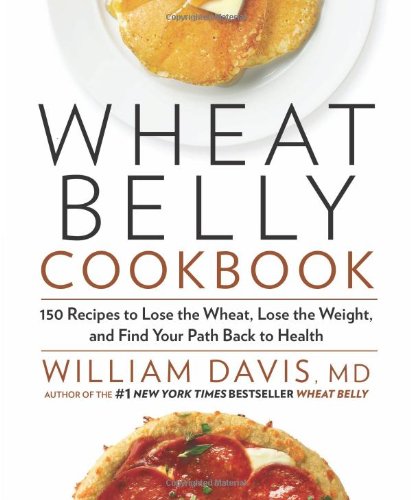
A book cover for Wheat Belly Cookbook: 150 Recipes to Help You Lose the Wheat, Lose the Weight, and Find Your Path Back to Health; William Davis; Cookbooks, Food & Wine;